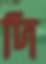
দি